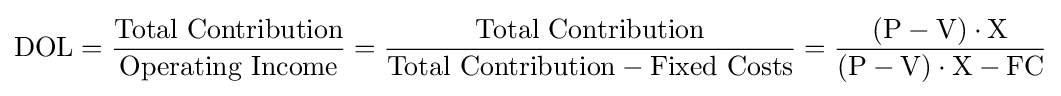
{\text{DOL}}={\frac {\text{Total Contribution}}{\text{Operating Income}}}={\frac {\text{Total Contribution}}{{\text{Total Contribution}}-{\text{Fixed Costs}}}}={\frac {({\text{P}}-{\text{V}})\cdot {\text{X}}}{({\text{P}}-{\text{V}})\cdot {\text{X}}-{\text{FC}}}}